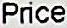
PRICE